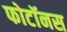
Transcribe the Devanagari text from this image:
फोटॉनस